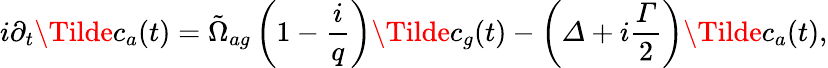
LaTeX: i\partial_{t}\Tilde{c}_{a}(t)=\tilde{\Omega}_{ag}\left(1-\frac{i}{q}\right)\Tilde{c}_{g}(t)-\left(Δ+i\frac{Γ}{2}\right)\Tilde{c}_{a}(t),